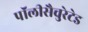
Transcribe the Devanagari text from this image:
पॉलीसैचुरेटेड